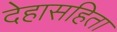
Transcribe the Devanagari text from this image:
देहासहिता